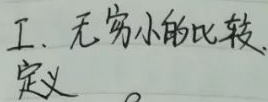
一、无穷小的比较定义